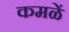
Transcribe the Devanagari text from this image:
कमळें